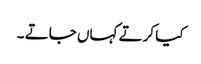
کیا کرتے کہاں جاتے ۔